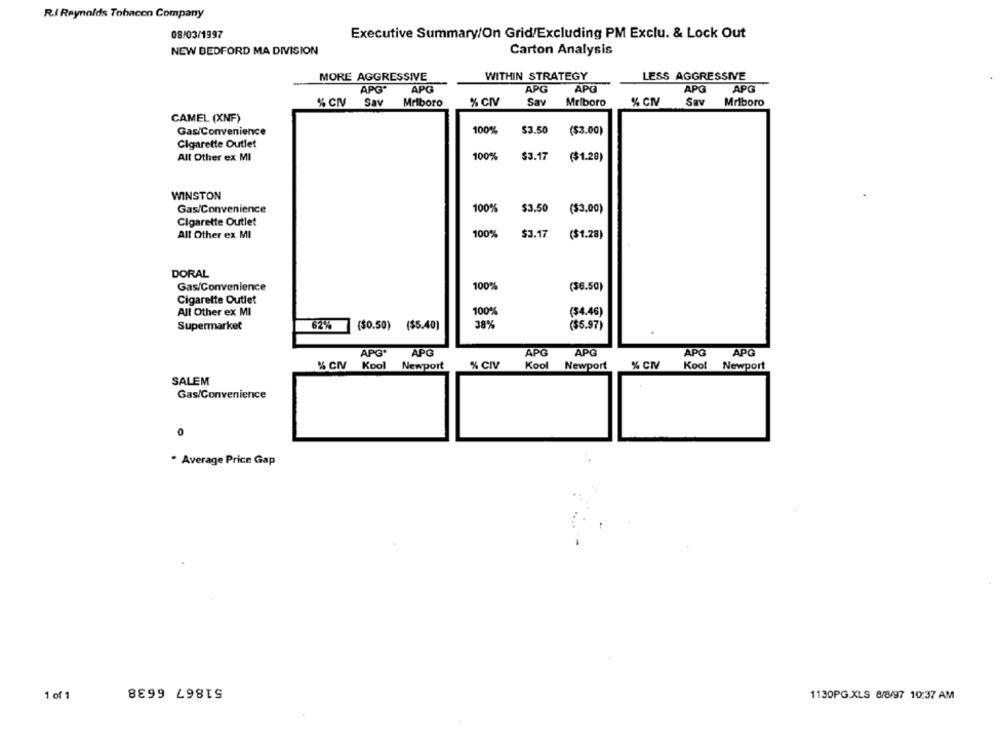
R.f Reynolds Tohacen Company
08/03/1997
Executive Summary/On Grid/Excluding PM Exclu. & Lock Out
NEW BEDFORD MA DIVISION
Carton Analysis
MORE AGGRESSIVE
WITHIN STRATEGY
LESS AGGRESSIVE
APG'
APG
APG
APG
APG
APG
% CIV
Sav
Mriboro
% CIV
Say
Mriboro
% CNV
Sav
Mriboro
CAMEL (XNF)
Gas/Convenience
100%
$3.50
($3.00)
Cigarette Outlet
100%
$3.17
All Other ex MI
($1.20)
WINSTON
100%
$3.50
Gas/Convenience
($3.00)
Cigarette Outlet
All Other ex MI
100%
$3.17
($1.28)
DORAL
Gas/Convenience
100%
($6.50)
Cigarette Outlet
All Other ex MI
100%
($4.46)
Supermarket
62%
($0.50) ($5.40)
38%
($5.97)
APG'
APG
APG
APG
APG
APG
Kool
Kool
% CIV
Kool Newport
% CIV
Newport
% CNV
Newport
SALEM
Gas/Convenience
* Average Price Gap
51867 6638
1 of 1
1130PG.XLS 8/8/97 10:37 AM